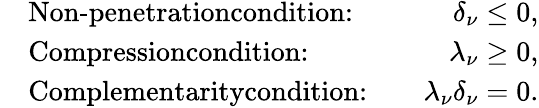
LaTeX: \begin{array}{rlr}&{\textrm{Non-penetrationcondition:}\quad}&{\delta_{\nu}\leq 0,}\\ &{\textrm{Compressioncondition:}\quad}&{\lambda_{\nu}\geq 0,}\\ &{\textrm{Complementaritycondition:}\quad}&{\lambda_{\nu}\delta_{\nu}=0.}\end{array}